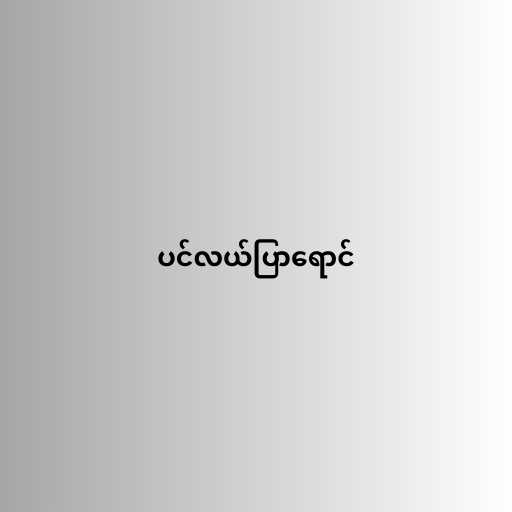
ပင်လယ်ပြာရောင်